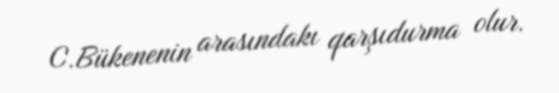
C.Bükenenin arasındakı qarşıdurma olur.